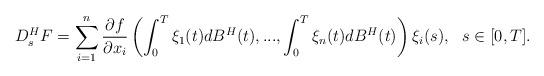
LaTeX: \begin{align*} D_{s}^{H}F = \sum\limits_{i=1}^{n} \frac{\partial f}{\partial x_{i}} \left(\int_0^T \xi_{1}(t) dB^{H}(t),...,\int_0^T \xi_{n}(t) dB^{H}(t) \right)\xi_{i}(s), \ \ s\in [0,T].\end{align*}